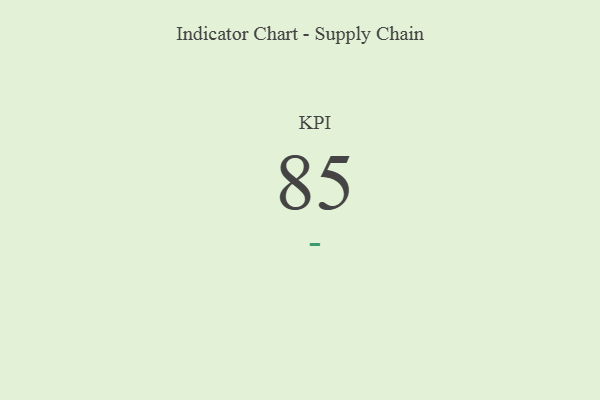
{"axis": {"x": "KPI", "y": "Value"}, "legend": [""], "data": [{"x": "KPI", "y": 85, "type": ""}]}